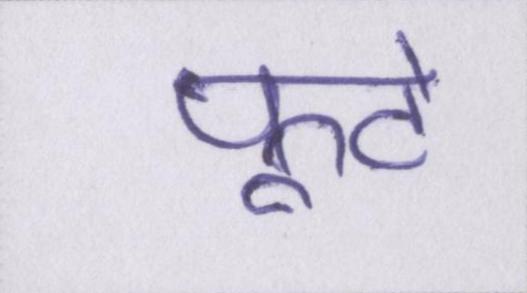
फूटे